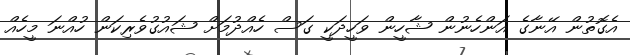
އެގޮތުން އޭނާގެ އަންހެނުން ޝާހީން ވަހީދަކީ ގަސް ހެއްދުމަށް ޝައުގުވެރިކަން ހުއްނަ މީހެއް